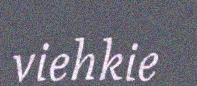
viehkie